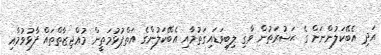
އަދި އެބޭކަލުންނަށް ގެ ޙަޟުރަތުން ވާގި ލިބިވަޑައިގަތުމާއި އެބޭކަލުންގެ އަތްޕުޅުމަތީން މުޢްޖިޒާތްތައް ފާޅުވުމާއި